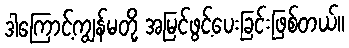
ဒါကြောင့်ကျွန်မတို့ အမြင်ဖွင့်ပေးခြင်းဖြစ်တယ်။